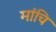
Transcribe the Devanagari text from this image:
मांचि